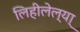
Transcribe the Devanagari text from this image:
लिहीलेल्या्